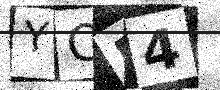
Text: YOR4